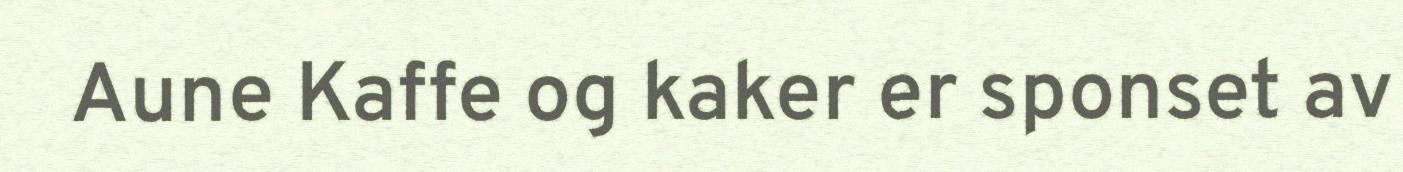
Aune Kaffe og kaker er sponset av